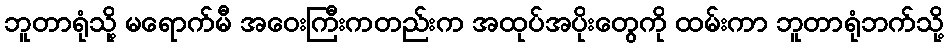
ဘူတာရုံသို့ မရောက်မီ အဝေးကြီးကတည်းက အထုပ်အပိုးတွေကို ထမ်းကာ ဘူတာရုံဘက်သို့